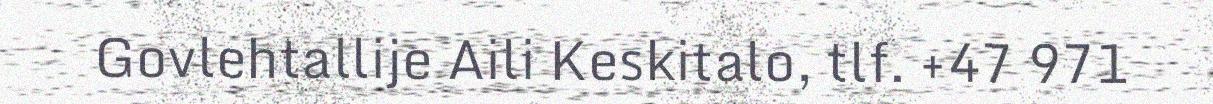
Govlehtallije Aili Keskitalo, tlf. +47 971